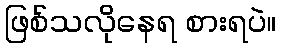
ဖြစ်သလိုနေရ စားရပဲ။